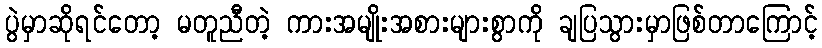
ပွဲမှာဆိုရင်တော့ မတူညီတဲ့ ကားအမျိုးအစားများစွာကို ချပြသွားမှာဖြစ်တာကြောင့်